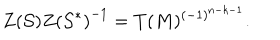
{ Z ( { \cal S } ) } { Z ( { \cal S } ^ { * } ) } ^ { - 1 } = T ( M ) ^ { ( - 1 ) ^ { n - k - 1 } } .